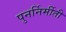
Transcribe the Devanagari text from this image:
पुनर्निर्मीती